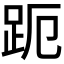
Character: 𮛊